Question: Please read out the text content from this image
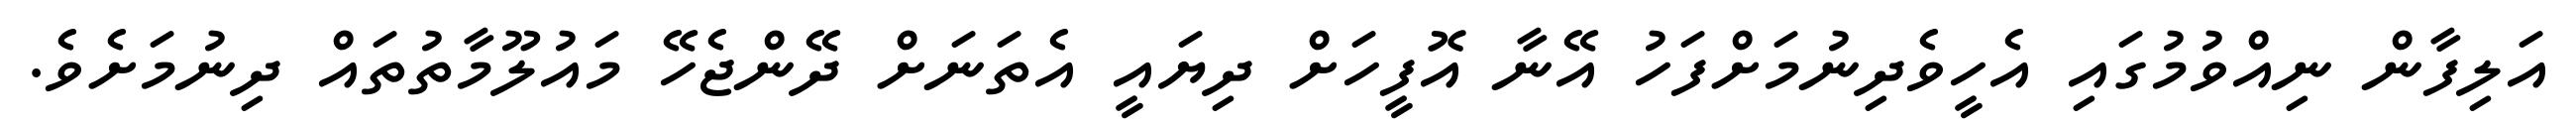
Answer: އަލިފާން ނިއްވުމުގައި އެހީވެދިނުމަށްފަހު އޭނާ އޮފީހަށް ދިޔައީ އެތަނަށް ދޭންޖެހޭ މައުލޫމާތުތައް ދިނުމަށެވެ.